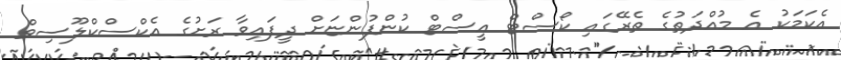
އެކަމަކު އެ މުއްދަތުގެ ތެރޭގައި ކޯސްޓް އީސްޓް ކުންފުންޏަށް ދީފައިވާ ރަށުގެ އެކްސްކްލޫސިވް